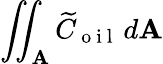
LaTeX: \iint_{\mathbf{A}}\widetilde{{C}}_{\mathrm{{~o~i~l~}}}\, d\mathbf{A}